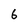
Character: 6